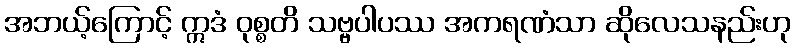
အဘယ့်ကြောင့် ဣဒံ ဝုစ္စတိ သဗ္ဗပါပဿ အကရဏံသာ ဆိုလေသနည်းဟု